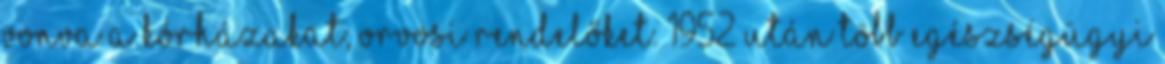
vonva a kórházakat, orvosi rendelőket. 1952 után több egészségügyi